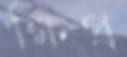
ক্ষিপ্র